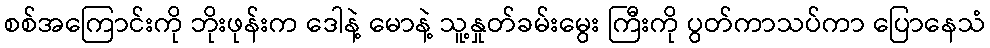
စစ်အကြောင်းကို ဘိုးဖုန်းက ဒေါနဲ့ မောနဲ့ သူ့နှုတ်ခမ်းမွေး ကြီးကို ပွတ်ကာသပ်ကာ ပြောနေသံ